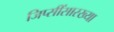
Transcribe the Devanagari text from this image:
जिप्सींसारख्या